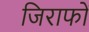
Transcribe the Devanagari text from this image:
जिराफों